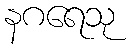
နဂရေသု